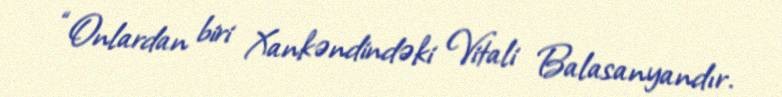
“Onlardan biri Xankəndindəki Vitali Balasanyandır.